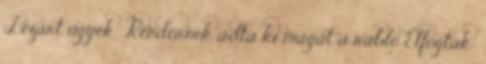
Lezárt ügyek: Rendőrnek adta ki magát a rabló Elfogták: